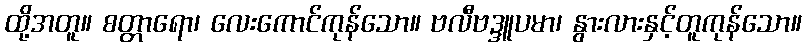
ထို့အတူ။ စတ္တာရော၊ လေးကောင်ကုန်သော။ ဗလီဗဒ္ဒူပမာ၊ နွားလားနှင့်တူကုန်သော။